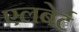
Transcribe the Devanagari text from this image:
एलबेर्ट